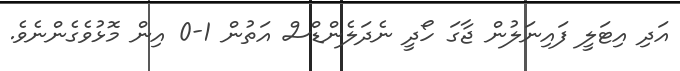
އަދި އިޓަލީ ފައިނަލުން ޖާގަ ހޯދީ ނެދަލެންޑްސް އަތުން 1-0 އިން މޮޅުވެގެންނެވެ.